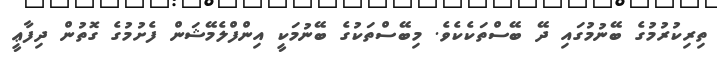
ތިރިކުރުމުގެ ބޭނުމުގައި ދޭ ބޭސްތަކެކެވެ. މިބޭސްތަކުގެ ބޭނުމަކީ އިންފްލެމޭޝަން ފެށުމުގެ ގޮތުން ދިފާޢީ